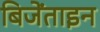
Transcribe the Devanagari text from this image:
बिजेंताइन